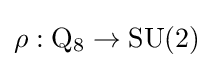
\rho :\mathrm {Q} _{8}\to \operatorname {SU} (2)